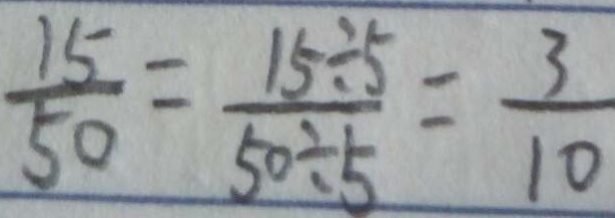
\frac { 1 5 } { 5 0 } = \frac { 1 5 \div 5 } { 5 0 \div 5 } = \frac { 3 } { 1 0 }